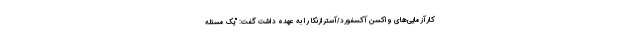
کارآزمایی‌های واکسن آکسفورد/آسترازنکا را به عهده داشت گفت: "یک مسئله